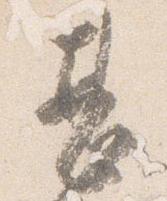
甚